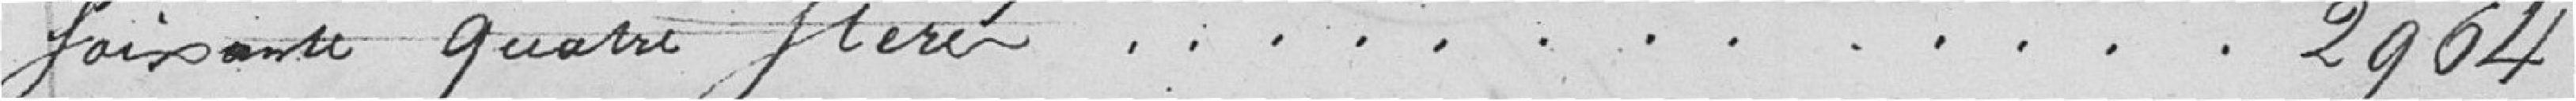
soixante quatre stères 2964